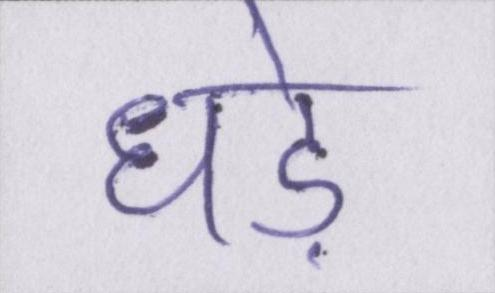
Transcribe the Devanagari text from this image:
धड़े